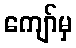
ကျော်မှ